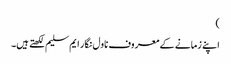
)
اپنے زمانے کے معروف ناول نگار ایم سلیم لکھتے ہیں۔